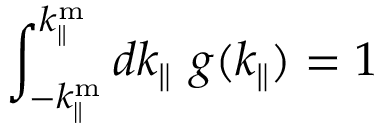
\int _ { - k _ { \parallel } ^ { \mathrm { m } } } ^ { k _ { \parallel } ^ { \mathrm { m } } } d k _ { \parallel } ~ g ( k _ { \parallel } ) = 1